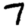
Digit: 7